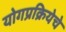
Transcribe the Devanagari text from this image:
योगप्रक्रियेचे